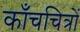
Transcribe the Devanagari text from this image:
काँचचित्रों